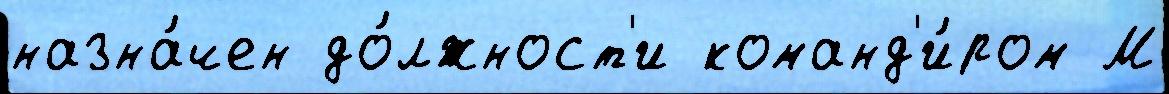
назна́чен до́лжност'и команд'и́ром М